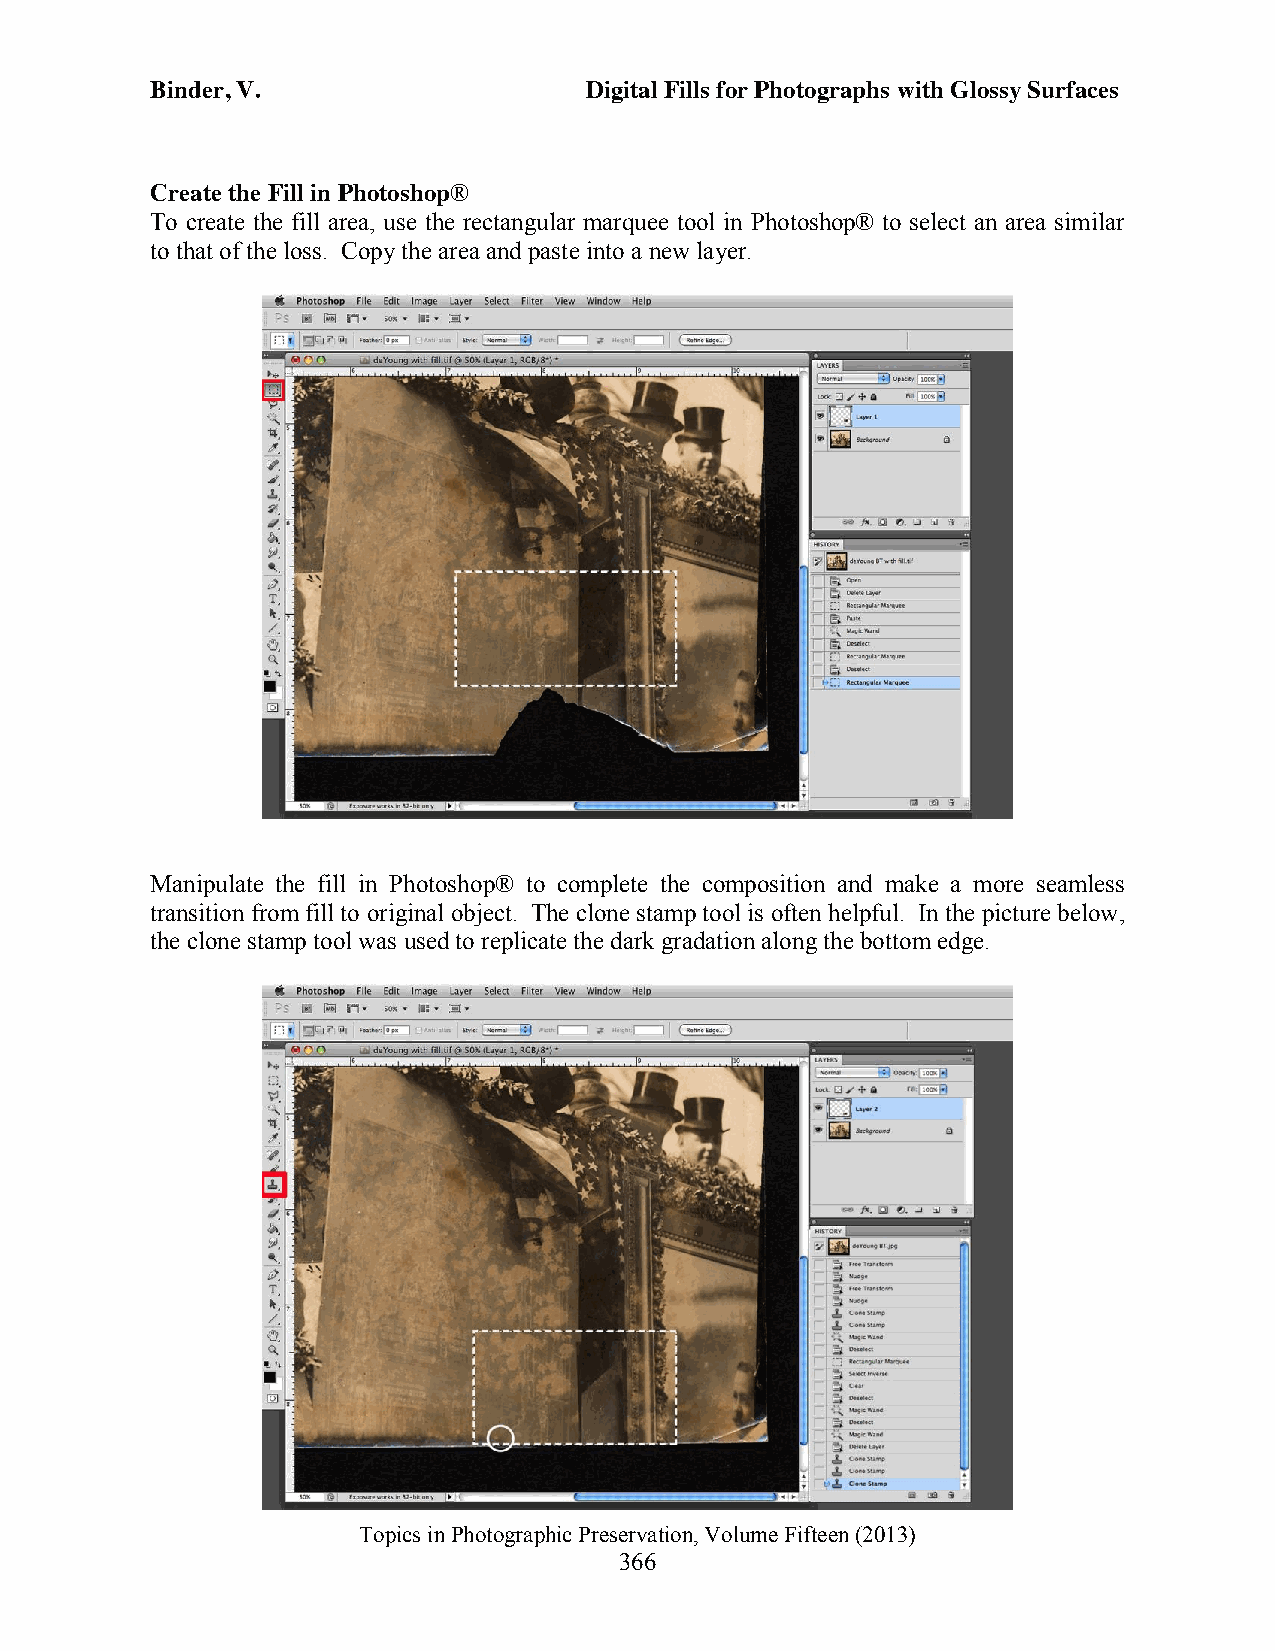
Binder, V.                   Digital Fills for Photographs with Glossy Surfaces
 Create the Fill in Photoshop®
 To create the fill area, use the rectangular marquee tool in Photoshop® to select an area similar
 to that of the loss. Copy the area and paste into a new layer.
 Manipulate the fill in Photoshop® to complete the composition and make a more seamless
 transition from fill to original object. The clone stamp tool is often helpful. In the picture below,
 the clone stamp tool was used to replicate the dark gradation along the bottom edge.
 Topics in Photographic Preservation, Volume Fifteen (2013)
 366